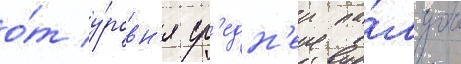
о́т у́ровн'я ср'едн'еи па́лубы